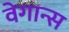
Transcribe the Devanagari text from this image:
वेगान्स